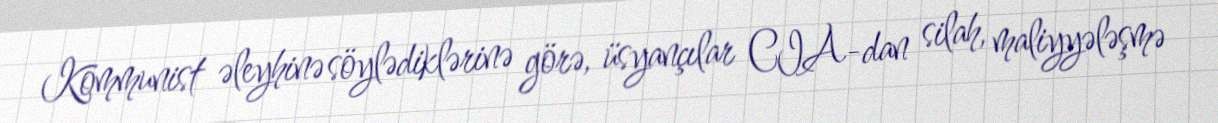
Kommunist əleyhinə söylədiklərinə görə, üsyançılar CIA-dan silah, maliyyələşmə